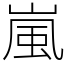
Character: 嵐